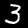
Label: 3